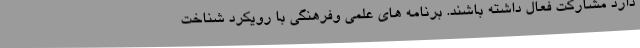
دارد مشاركت فعال داشته باشند. برنامه های علمی وفرهنگی با رویکرد شناخت